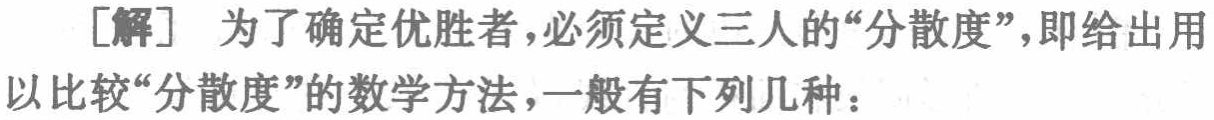
[解] 为了确定优胜者，必须定义三人的“分散度”，即给出用以比较“分散度”的数学方法，一般有下列几种：